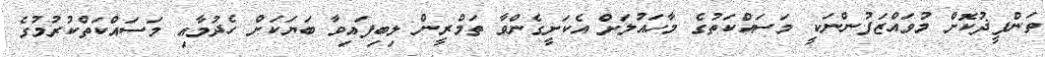
ތަންފީޛުކޮށް މުވައްޒަފުންނަކީ މަސައްކަތުގެ މާހައުލަށް އެކަށީގެންވާ ތަމްރީން ލިބިފައިވާ ބަޔަކަށް ހެދުމާއި މަސައްކަތްކުރުމުގެ